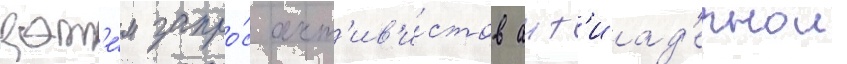
зат'е́м запро́с акт'ив'и́стов ант'иад'ернои